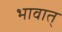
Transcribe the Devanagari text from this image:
भावात्